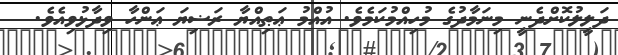
ދަލީލުކޮށްދެނީ މިނަމާދުގެ މުހިއްމުކަމެވެ. އުއްމު ޢަޠިއްޔާ ރަޟިޔަ ޢަންހާ ވިދާޅުވިއެވެ.